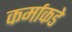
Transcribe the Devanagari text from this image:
कर्माकडे